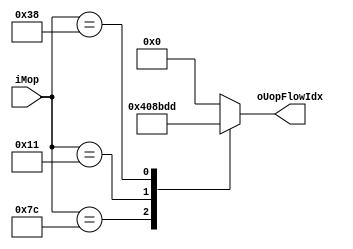
module dzcpu_ucode_cblut
(
	input  wire[7:0]  iMop,
	output reg [8:0]  oUopFlowIdx
);
always @ ( iMop )
begin
	case ( iMop )
		8'h7C: oUopFlowIdx = 9'd16;		  
		8'h11: oUopFlowIdx = 9'd69;		  
		8'h38: oUopFlowIdx = 9'd477;		
	default:
			oUopFlowIdx = 9'd0;
	endcase
end
endmodule